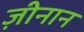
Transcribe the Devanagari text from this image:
ज़ीनान